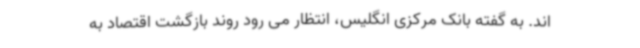
اند. به گفته بانک مرکزی انگلیس، انتظار می رود روند بازگشت اقتصاد به